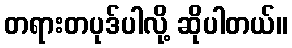
တရားတပုဒ်ပါလို့ ဆိုပါတယ်။